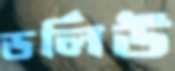
ডর্লিউ